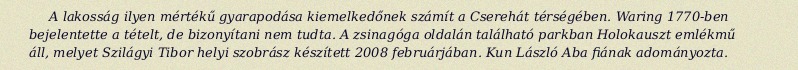
A lakosság ilyen mértékű gyarapodása kiemelkedőnek számít a Cserehát térségében. Waring 1770-ben bejelentette a tételt, de bizonyítani nem tudta. A zsinagóga oldalán található parkban Holokauszt emlékmű áll, melyet Szilágyi Tibor helyi szobrász készített 2008 februárjában. Kun László Aba fiának adományozta.